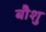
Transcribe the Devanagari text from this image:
बौशु